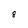
Character: 8